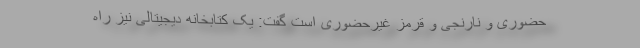
حضوری و نارنجی و قرمز غیرحضوری است گفت: یک کتابخانه دیجیتالی نیز راه